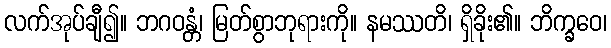
လက်အုပ်ချီ၍။ ဘဂဝန္တံ၊ မြတ်စွာဘုရားကို။ နမဿတိ၊ ရှိခိုး၏။ ဘိက္ခဝေ၊